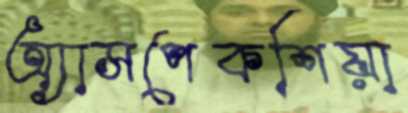
অ্যাসপেকশিয়া